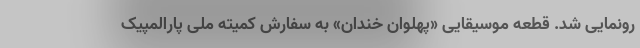
رونمایی شد. قطعه موسیقایی «پهلوان خندان» به سفارش کمیته ملی پارالمپیک